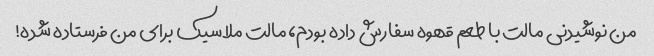
من نوشیدنی مالت با طعم قهوه سفارش داده بودم، مالت ملاسیک برای من فرستاده شده!